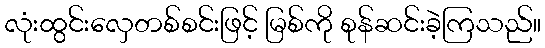
လုံးထွင်းလှေတစ်စင်းဖြင့် မြစ်ကို စုန်ဆင်းခဲ့ကြသည်။